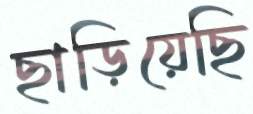
ছাড়িয়েছি